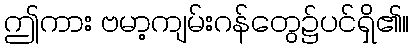
ဤကား ဗမာ့ကျမ်းဂန်တွေ၌ပင်ရှိ၏။